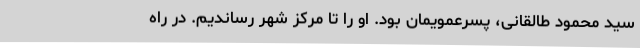
سید محمود طالقانی، پسرعمویمان بود. او را تا مرکز شهر رساندیم. در راه